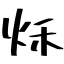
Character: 秌